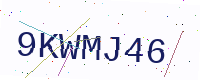
Text: 9KWMJ46